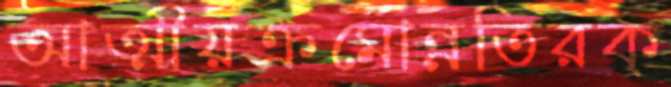
আত্মীয়ক্রমোন্নতিরক্